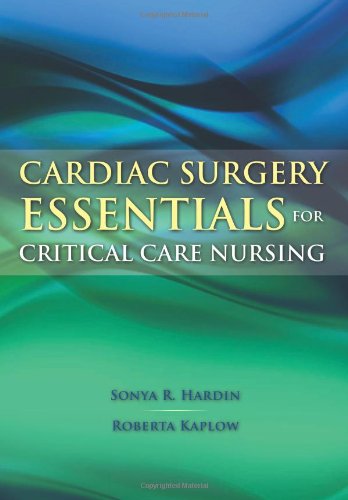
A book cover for Cardiac Surgery Essentials For Critical Care Nursing (Hardin, Cardiac Surgery Essentials for Critical Care Nursing); Sonya R. Hardin; Medical Books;